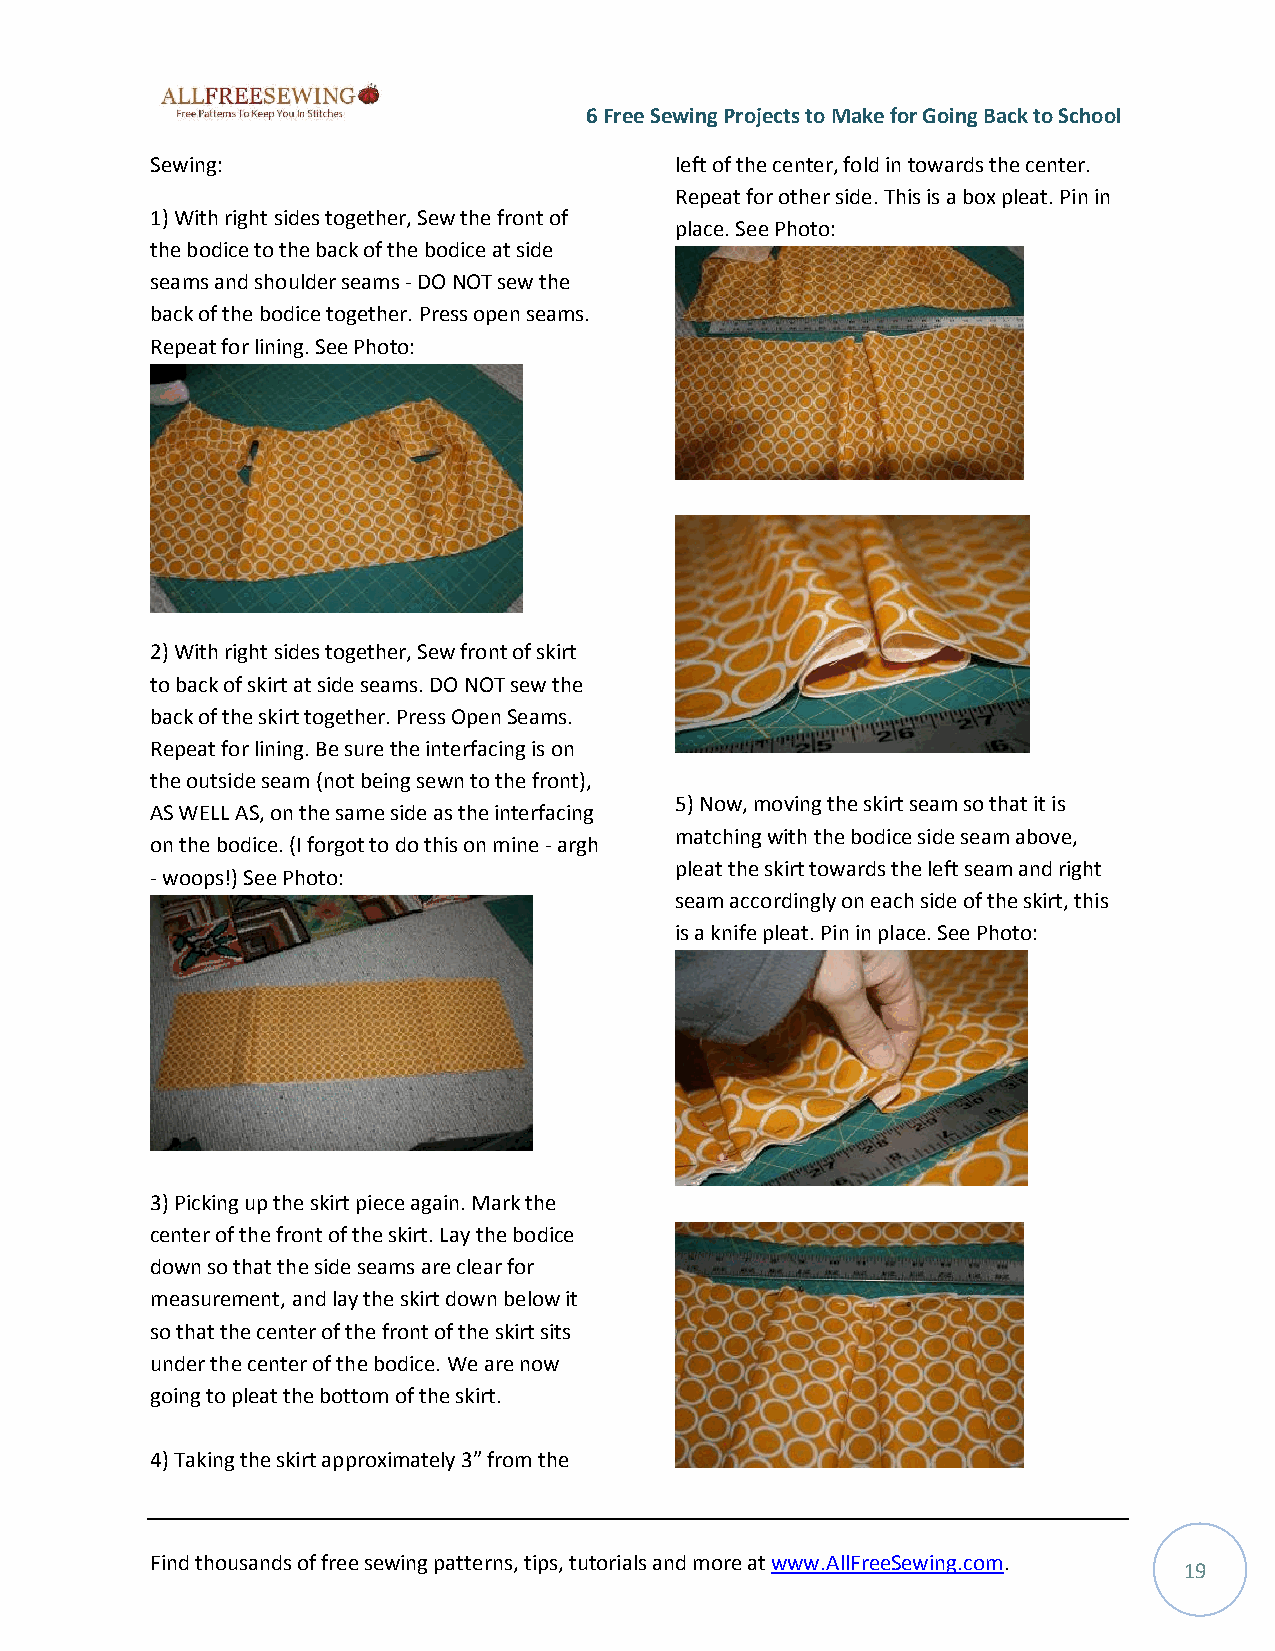
6 Free Sewing Projects to Make for Going Back to School
 Sewing:                            left of the center, fold in towards the center.
 Repeat for other side. This is a box pleat. Pin in
 1) With right sides together, Sew the front of
 place. See Photo:
 the bodice to the back of the bodice at side
 seams and shoulder seams - DO NOT sew the
 back of the bodice together. Press open seams.
 Repeat for lining. See Photo:
 2) With right sides together, Sew front of skirt
 to back of skirt at side seams. DO NOT sew the
 back of the skirt together. Press Open Seams.
 Repeat for lining. Be sure the interfacing is on
 the outside seam (not being sewn to the front),
 5) Now, moving the skirt seam so that it is
 AS WELL AS, on the same side as the interfacing
 matching with the bodice side seam above,
 on the bodice. (I forgot to do this on mine - argh
 pleat the skirt towards the left seam and right
 - woops!) See Photo:
 seam accordingly on each side of the skirt, this
 is a knife pleat. Pin in place. See Photo:
 3) Picking up the skirt piece again. Mark the
 center of the front of the skirt. Lay the bodice
 down so that the side seams are clear for
 measurement, and lay the skirt down below it
 so that the center of the front of the skirt sits
 under the center of the bodice. We are now
 going to pleat the bottom of the skirt.
 4) Taking the skirt approximately 3” from the
 Find thousands of free sewing patterns, tips, tutorials and more at www.AllFreeSewing.com.
 19